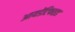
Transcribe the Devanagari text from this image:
आयडेंटिफाइड